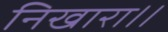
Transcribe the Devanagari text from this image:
निखारा।।